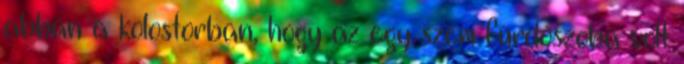
abban a kolostorban, hogy az egy szem fürdőszoba volt